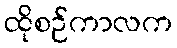
ထိုစဉ်ကာလက